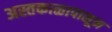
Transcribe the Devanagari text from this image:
अस्तकाळापासून